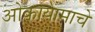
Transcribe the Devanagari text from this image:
ओकायामाचे